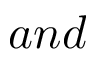
a n d